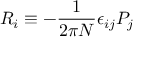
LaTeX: R _ { i } \equiv - { \frac { 1 } { 2 \pi N } } \epsilon _ { i j } P _ { j }